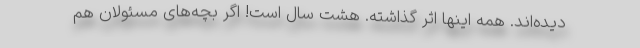
دیده‌اند. همه اینها اثر گذاشته. هشت سال است! اگر بچه‌های مسئولان هم